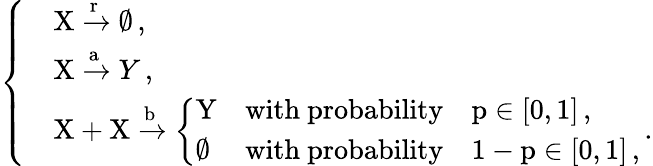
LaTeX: \left\{ \begin{array}{ll}&{\mathrm{X}\xrightarrow{\mathrm{r}}\emptyset\, ,}\\ &{\mathrm{X}\xrightarrow{\mathrm{a}}Y\, ,}\\ &{\mathrm{X}+\mathrm{X}\xrightarrow{\mathrm{b}}\left\{ \begin{array}{ll}{\mathrm{Y}}&{\mathrm{with~probability}\quad\mathrm{p}\in[0,1]\, ,}\\ {\emptyset}&{\mathrm{with~probability}\quad 1-\mathrm{p}\in[0,1]\, ,}\end{array}\right.\, .}\end{array}\right.